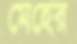
মেহের